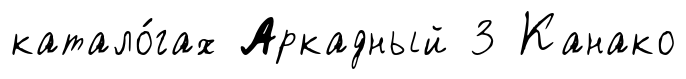
катало́гах Аркадный 3 Канако